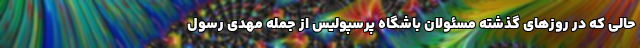
حالی که در روزهای گذشته مسئولان باشگاه پرسپولیس از جمله مهدی رسول